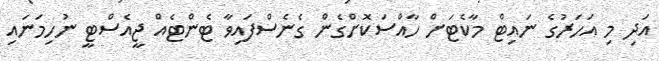
އަދި މި އަހަރުގެ ނައިޓް މާކެޓަށް ހާއްސަކޮށްގެން ގެނެސްފައިވާ ޓެންޓެއް ޖީއެސްޓީ ނުހިމަނައި